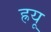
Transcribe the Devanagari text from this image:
ह्रयू